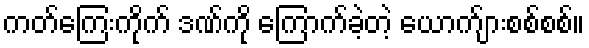
ကတ်ကြေးကိုက် ဒဏ်ကို ကြောက်ခဲ့တဲ့ ယောက်ျားစစ်စစ်။